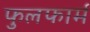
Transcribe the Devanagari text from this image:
फुलफार्म